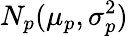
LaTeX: N_{p}(\mu_{p},\sigma_{p}^{2})